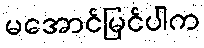
မအောင်မြင်ပါက